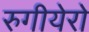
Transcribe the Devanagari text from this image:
रुगीयेरो